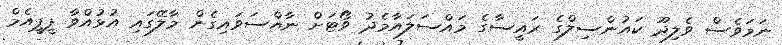
ނަމަވެސް ވެލިދޫ ކައުންސިލްގެ ރައީސާގެ މައްސަލައާމެދު ވޯޓަށް ނާއްސަވައިގެން މާލޭގައި އުޅުއްވާ ޕީޕީއެމް